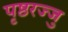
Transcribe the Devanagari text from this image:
पृष्ठरज्जु